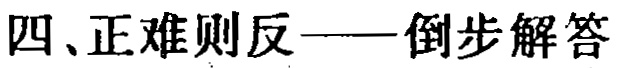
四、正难则反——倒步解答